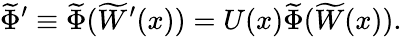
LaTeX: \widetilde{\Phi}^{\prime}\equiv\widetilde{\Phi}(\widetilde{W}^{\prime}(x))=U(x)\widetilde{\Phi}(\widetilde{W}(x)).